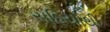
સદિયોથી